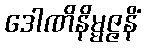
ဒေါဏိနိမ္မဇ္ဇနိံ